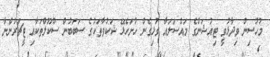
މުހުސިން ވިދާޅުވީ ޓިއުޝަންގެ މައްސަލައާ ގުޅިގެން ހުށަހެޅޭ ޝަކުވާތަކުގެ ސަބަބުން ސްކޫލްތަކާއި ޓީޗަރުންނާ